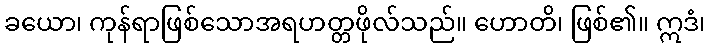
ခယော၊ ကုန်ရာဖြစ်သောအရဟတ္တဖိုလ်သည်။ ဟောတိ၊ ဖြစ်၏။ ဣဒံ၊